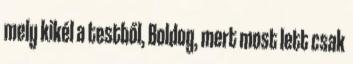
mely kikél a testből, Boldog, mert most lett csak